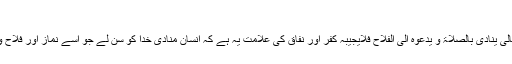
بحار الانوار ج,۸۲ ص.۲۲۴ نہج البلاغہ خطبہ ۱۹۰
↑ پیامبر(ص):الجفاء کل الجفاء و الکفر من سمع منادی اللہ تعالی ینادی بالصلاۃ و یدعوہ الی الفلاح فلایجیبہ کفر اور نفاق کی علامت یہ ہے کہ انسان منادی خدا کو سن لے جو اسے نماز اور فلاح و بہبود کی طرف دعوت دے لیکن انسان اسے قبول نہ کرے۔